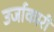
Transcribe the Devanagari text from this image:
उर्जाकारी